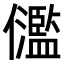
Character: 𠑈